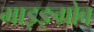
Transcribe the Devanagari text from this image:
माइङ्ग्रोब